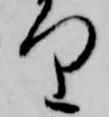
り